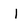
Character: I